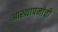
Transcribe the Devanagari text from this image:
आस्थापनांची